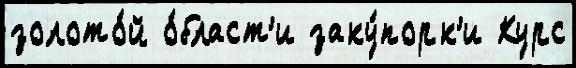
золото́й о́бласт'и заку́порк'и Курс